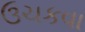
ઉચકવા